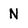
Character: N